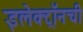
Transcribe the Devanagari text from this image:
इलेक्ट्राॅनची